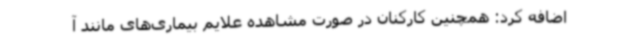
اضافه کرد: همچنین کارکنان در صورت مشاهده علایم بیماری‌های مانند آ